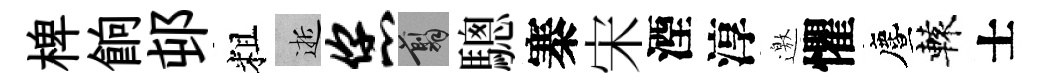
椑餉邨粗逝您翦驄寨宋湮淳邀懼󵨌轅士